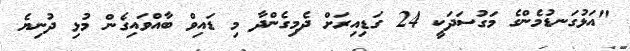
"އަޅުގަނޑުމެންގެ މަގުސަދަކީ 24 ގަޑިއިރަށް ދެމިގެންދާ މި ޑައިވް ބާއްވައިގެން މުޅި ދުނިޔެ